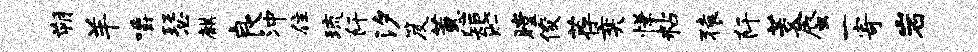
朔羊嚼瑟麒良冲住琉阡汐笈蕙矩贮瞠俊荐奕慊粘猿阡茭蜃一寄岩